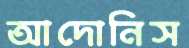
আদোনিস